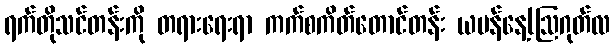
ရက်တိုသင်တန်းကို တရားရေးရာ ကက်စကိတ်တောင်တန်း ယမန်နေ့(ဩဂုတ်လ